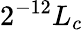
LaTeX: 2^{-12}L_{c}